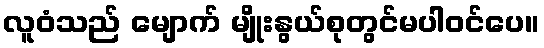
လူဝံသည် မျောက် မျိုးနွယ်စုတွင်မပါဝင်ပေ။